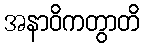
အနာဝိကတွာတိ